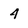
Character: 4